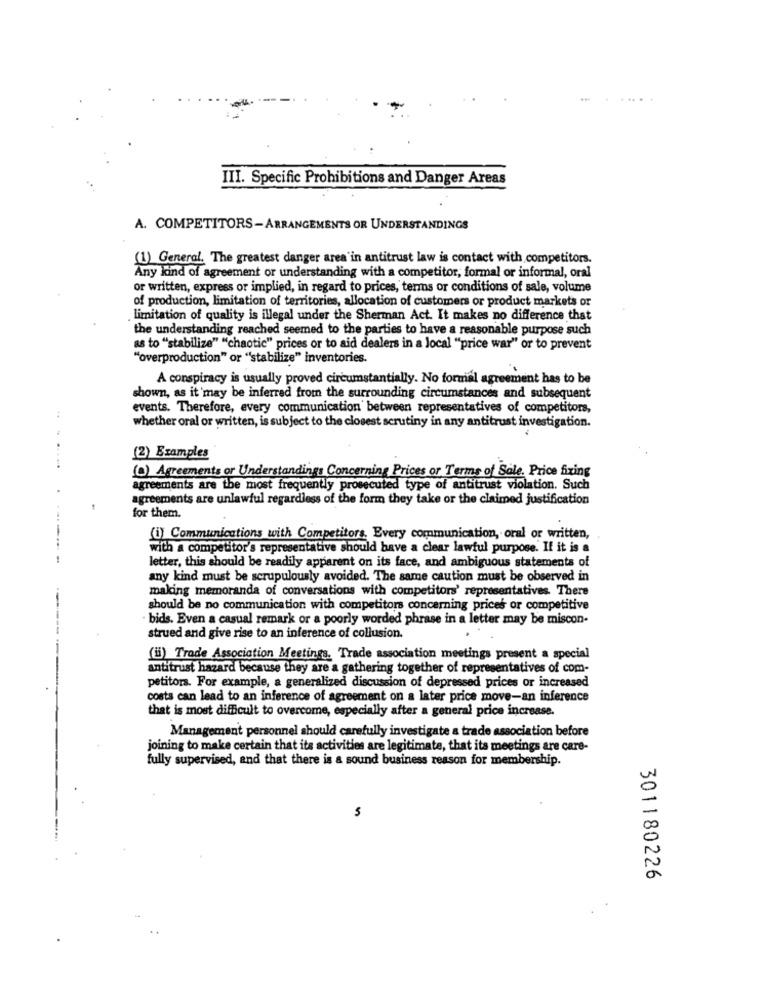
.....
III. Specific Prohibitions and Danger Areas
A. COMPETITORS- ARRANGEMENTS OR UNDERSTANDINGS
(1) General. The greatest danger area in antitrust law is contact with competitors.
Any kind of agreement or understanding with a competitor, formal or informal, oral
or written, express or implied, in regard to prices, terms or conditions of sale, volume
of production, limitation of territories, allocation of customers or product markets or
limitation of quality is illegal under the Sherman Act. It makes no difference that
the understanding reached seemed to the parties to have a reasonable purpose such
as to "stabilize" "chaotic" prices or to aid dealers in a local "price war" or to prevent
"overproduction" or "stabilize" inventories.
A conspiracy is usually proved circumstantially. No formal agreement has to be
shown, as it may be inferred from the surrounding circumstances and subsequent
events. Therefore, every communication between representatives of competitors,
whether oral or written, is subject to the closest scrutiny in any antitrust investigation.
(2) Examples
(0) Agreements or Understandings Concerning Prices or Terms of Sale. Price fixing
agreements are the most frequently prosecuted type of antitrust violation. Such
agreements are unlawful regardless of the form they take or the claimed justification
for them.
(i) Communications with Competitors. Every communication, oral or written,
with a competitor's representative should have a clear lawful purpose. If it is a
letter, this should be readily apparent on its face, and ambiguous statements of
any kind must be scrupulously avoided. The same caution must be observed in
making memoranda of conversations with competitors' representatives. There
should be no communication with competitors concerning prices or competitive
· bids. Even a casual remark or a poorly worded phrase in a letter may be miscon-
strued and give rise to an inference of collusion.
(i) Trade Association Meetings. Trade association meetings present a special
antitrust hazard because they are a gathering together of representatives of com-
petitors. For example, a generalized discussion of depressed prices or increased
costs can lead to an inference of agreement on a later price move-an inference
that is most difficult to overcome, especially after a general price increase.
Management personnel should carefully investigate a trade association before
joining to make certain that its activities are legitimate, that its meetings are care-
fully supervised, and that there is a sound business reason for membership.
301180226